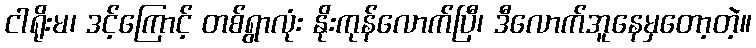
ငါရိုးမ၊ ဒင့်ကြောင့် တစ်ရွာလုံး နိုးကုန်လောက်ပြီ၊ ဒီလောက်အူနေမှတော့တဲ့။